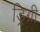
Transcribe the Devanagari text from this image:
ड्रिग्री